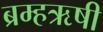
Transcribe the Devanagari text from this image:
ब्रम्हऋषी